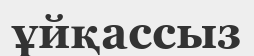
ұйқассыз